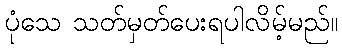
ပုံသေ သတ်မှတ်ပေးရပါလိမ့်မည်။